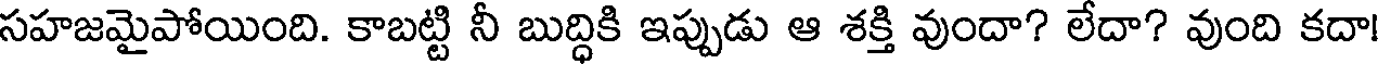
సహజమైపోయింది. కాబట్టి నీ బుద్ధికి ఇప్పుడు ఆ శక్తి వుందా? లేదా? వుంది కదా